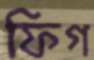
ফিগ